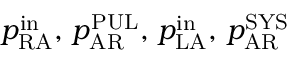
p _ { \mathrm { R A } } ^ { \mathrm { i n } } , \, p _ { \mathrm { A R } } ^ { \mathrm { P U L } } , \, p _ { \mathrm { L A } } ^ { \mathrm { i n } } , \, p _ { \mathrm { A R } } ^ { \mathrm { S Y S } }